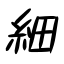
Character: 細